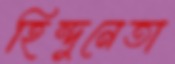
হিন্দুনেতা